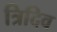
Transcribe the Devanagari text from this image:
त्रिदिव